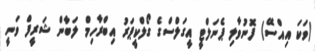
(ވަކަ އިއްސޭ) ފޮނުވާލި ޕެނަލްޓީ އީގަލްސްގެ ގޯލްކީޕަރު އިބްރާހިމް ލަބާން ޝަރީފް ވަނީ